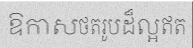
ឱកាសថតរូបដ៏ល្អឥត